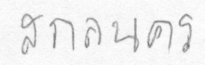
สกลนคร